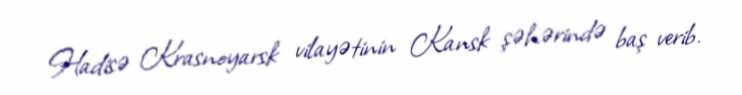
Hadisə Krasnoyarsk vilayətinin Kansk şəhərində baş verib.